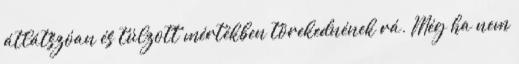
átlátszóan és túlzott mértékben törekednének rá. Még ha nem